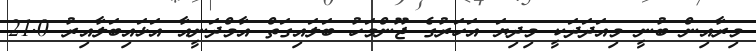
މިރާއިން ބުނީ މިއަދަދަކީ މިދިޔަ އަހަރުގެ ޖޫންމަހު ބަލައިގަތް އާމްދަނީއާ އަޅައިބަލާއިރު 21.0